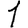
Digit: 1